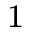
^ 1